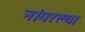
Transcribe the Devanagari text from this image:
नांगरल्या